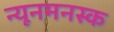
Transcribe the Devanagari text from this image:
न्यूनमनस्क